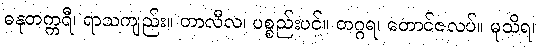
ဓနုတက္ကရီ၊ ရာသကျည်း။ တာလီလ၊ ပစ္စည်းပင်။ တဂ္ဂရ၊ တောင်ဇလပ်။ မုသိရ၊